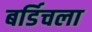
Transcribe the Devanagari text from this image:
बर्डिचला